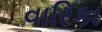
વારિકા